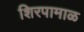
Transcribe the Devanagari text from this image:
शिरपामाळ